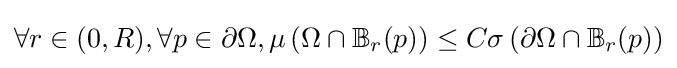
\forall r\in (0,R),\forall p\in \partial \Omega ,\mu \left(\Omega \cap \mathbb {B} _{r}(p)\right)\leq C\sigma \left(\partial \Omega \cap \mathbb {B} _{r}(p)\right)